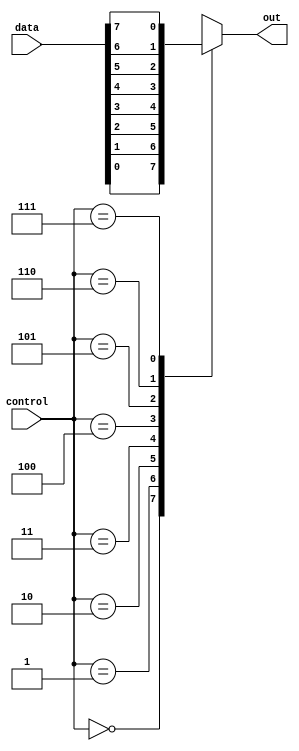
module multiplexer_8to1 (
input [7:0] data,
input [2:0] control,
output reg out
);

always @ (data, control)
begin
    case (control)
        3'b000: out = data[0];
        3'b001: out = data[1];
        3'b010: out = data[2];
        3'b011: out = data[3];
        3'b100: out = data[4];
        3'b101: out = data[5];
        3'b110: out = data[6];
        3'b111: out = data[7];
        default: out = 0;
    endcase
end

endmodule